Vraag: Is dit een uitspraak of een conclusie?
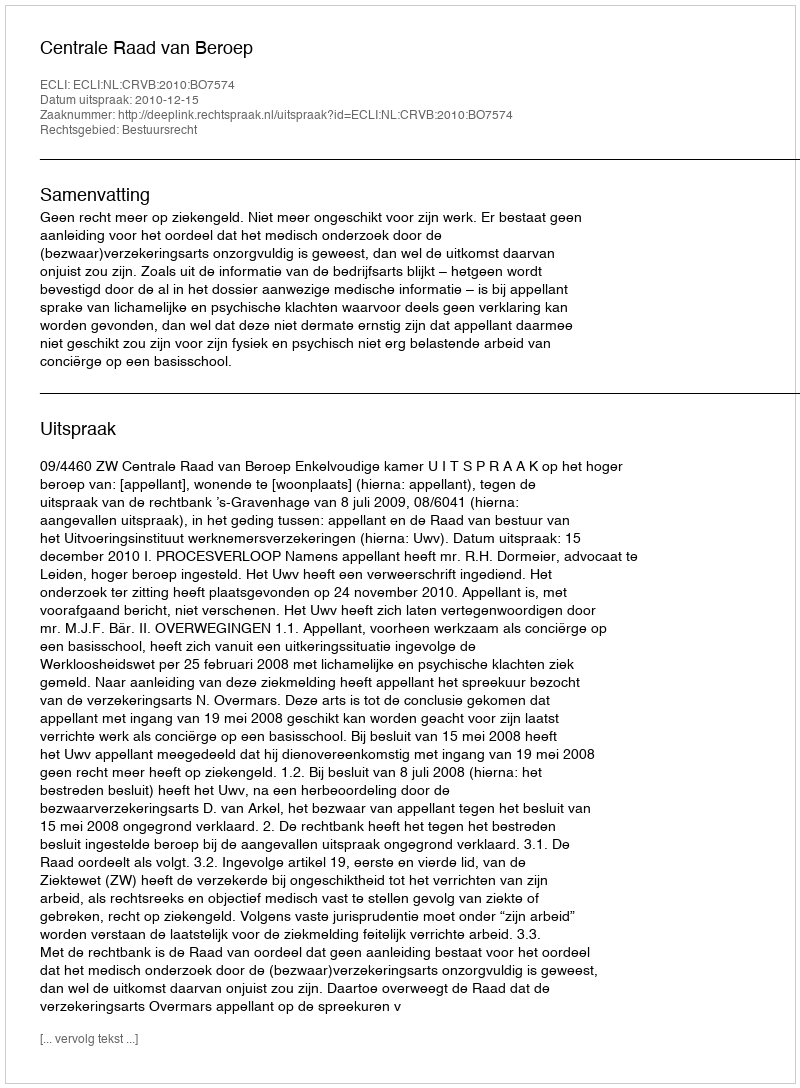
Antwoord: Uitspraak